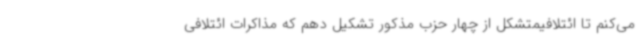
می‌کنم تا ائتلافیمتشکل از چهار حزب مذکور تشکیل دهم که مذاکرات ائتلافی